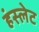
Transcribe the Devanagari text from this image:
हंस्लेट